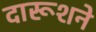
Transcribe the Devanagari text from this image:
दारूशने